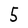
Character: 5